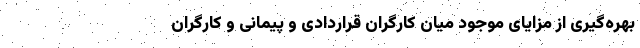
بهره‌گیری از مزایای موجود میان کارگران قراردادی و پیمانی و کارگران